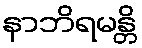
နာဘိရမန္တိ